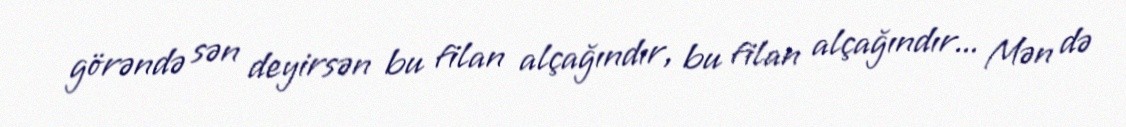
görəndə sən deyirsən bu filan alçağındır, bu filan alçağındır... Mən də